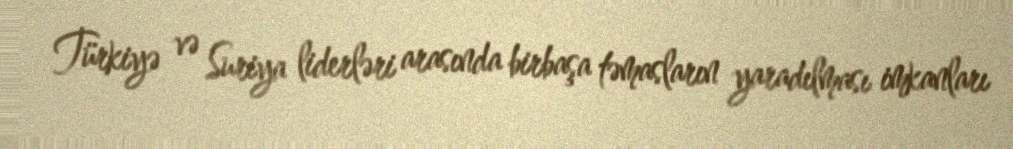
Türkiyə və Suriya liderləri arasında birbaşa təmasların yaradılması imkanları